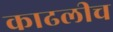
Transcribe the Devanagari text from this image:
काढलीच